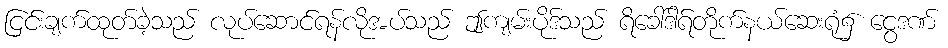
ငြင်းချက်ထုတ်ခဲ့သည် လုပ်ဆောင်ရန်လိုအပ်သည် ဤကျမ်းပိုဒ်သည် ရိခေါ်ဒါရ်တိုက်နယ်ဆေးရုံ၌ ငွေဒဏ်